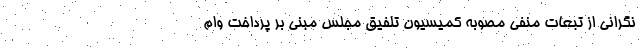
نگرانی از تبعات منفی مصوبه کمیسیون تلفیق مجلس مبنی بر پرداخت وام